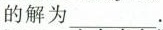
的解为___.